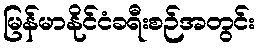
မြန်မာနိုင်ငံခရီးစဉ်အတွင်း